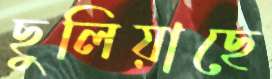
ছুলিয়াছে